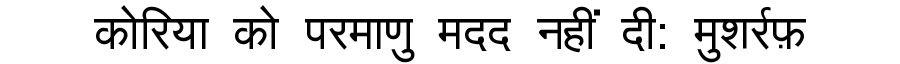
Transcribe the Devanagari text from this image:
कोरिया को परमाणु मदद नहीं दी: मुशर्रफ़